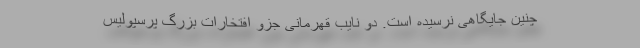
چنین جایگاهی نرسیده است. دو نایب قهرمانی جزو افتخارات بزرگ پرسپولیس